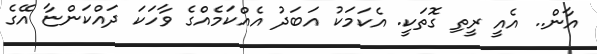
އާން.. އެއީ ރީތި ގޮތަކީ. އެކަމަކު އަބަދު އެއްކަމެއްގެ ވާހަކަ ދައްކަންޏާ އޭގެ